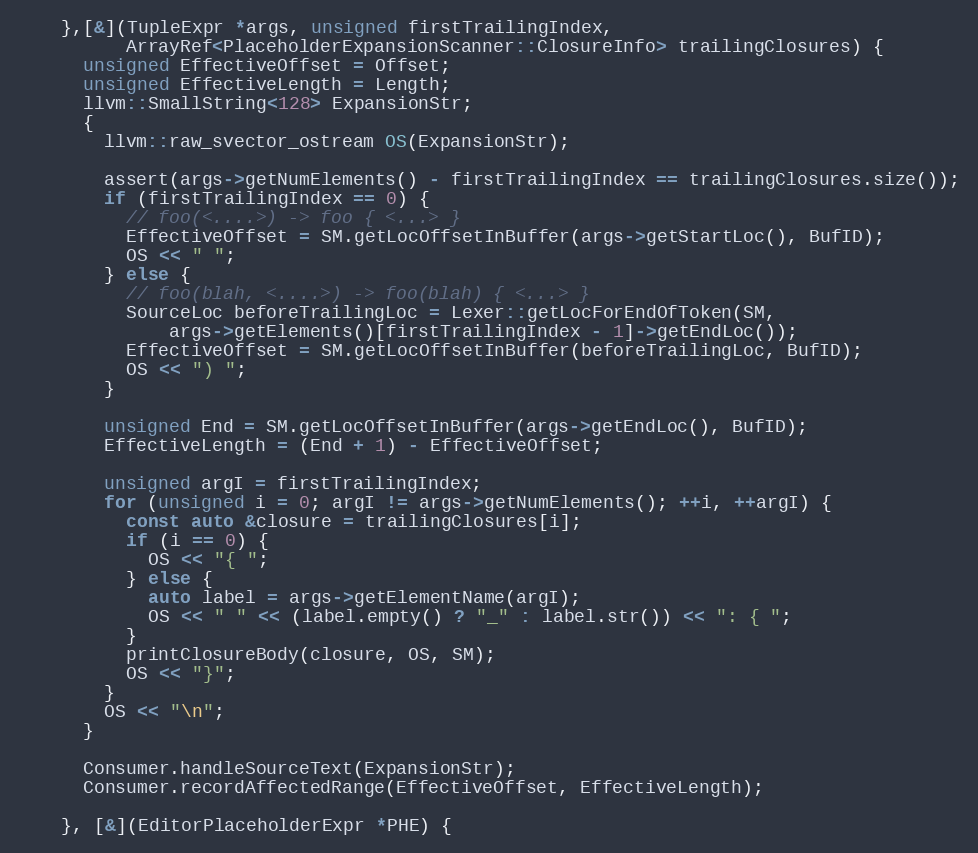
Language: C++
    },[&](TupleExpr *args, unsigned firstTrailingIndex,
          ArrayRef<PlaceholderExpansionScanner::ClosureInfo> trailingClosures) {
      unsigned EffectiveOffset = Offset;
      unsigned EffectiveLength = Length;
      llvm::SmallString<128> ExpansionStr;
      {
        llvm::raw_svector_ostream OS(ExpansionStr);

        assert(args->getNumElements() - firstTrailingIndex == trailingClosures.size());
        if (firstTrailingIndex == 0) {
          // foo(<....>) -> foo { <...> }
          EffectiveOffset = SM.getLocOffsetInBuffer(args->getStartLoc(), BufID);
          OS << " ";
        } else {
          // foo(blah, <....>) -> foo(blah) { <...> }
          SourceLoc beforeTrailingLoc = Lexer::getLocForEndOfToken(SM,
              args->getElements()[firstTrailingIndex - 1]->getEndLoc());
          EffectiveOffset = SM.getLocOffsetInBuffer(beforeTrailingLoc, BufID);
          OS << ") ";
        }

        unsigned End = SM.getLocOffsetInBuffer(args->getEndLoc(), BufID);
        EffectiveLength = (End + 1) - EffectiveOffset;

        unsigned argI = firstTrailingIndex;
        for (unsigned i = 0; argI != args->getNumElements(); ++i, ++argI) {
          const auto &closure = trailingClosures[i];
          if (i == 0) {
            OS << "{ ";
          } else {
            auto label = args->getElementName(argI);
            OS << " " << (label.empty() ? "_" : label.str()) << ": { ";
          }
          printClosureBody(closure, OS, SM);
          OS << "}";
        }
        OS << "\n";
      }

      Consumer.handleSourceText(ExpansionStr);
      Consumer.recordAffectedRange(EffectiveOffset, EffectiveLength);

    }, [&](EditorPlaceholderExpr *PHE) {